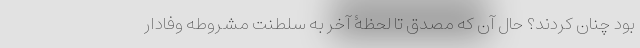
بود چنان کردند؟ حال آن که مصدق تا لحظۀ آخر به سلطنت مشروطه وفادار